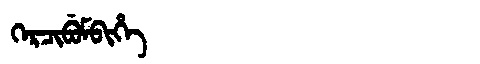
Manchu: ᡴᡝᡵᠴᡳᠪᡠᠮᠪᡳᡥᡝ
Romanization: KERCIBUMBIHE